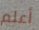
أعلم